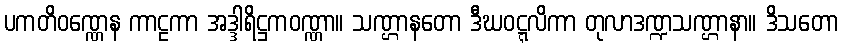
ပကတိဝဏ္ဏေန ကာဠကာ အဒ္ဒါရိဋ္ဌကဝဏ္ဏာ။ သဏ္ဌာနတော ဒီဃဝဋ္ဋလိကာ တုလာဒဏ္ဍသဏ္ဌာနာ။ ဒိသတော